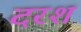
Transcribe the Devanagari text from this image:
दरश